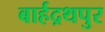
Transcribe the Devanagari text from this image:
बार्हद्रथपुर